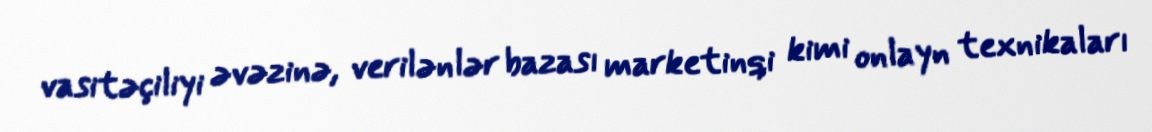
vasitəçiliyi əvəzinə, verilənlər bazası marketinqi kimi onlayn texnikaları